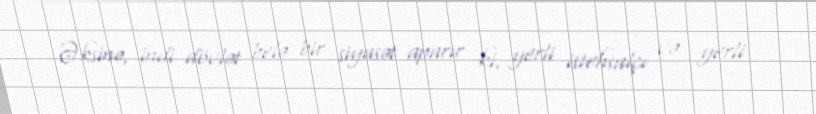
Əksinə, indi dövlət belə bir siyasət aparır ki, yerli istehsalçı və yerli